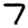
Digit: 7